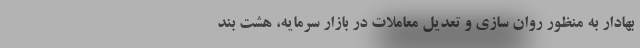
بهادار به منظور روان سازی و تعدیل معاملات در بازار سرمایه، هشت بند